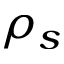
\rho _ { s }